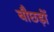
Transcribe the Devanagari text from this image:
बौछड़ों